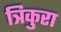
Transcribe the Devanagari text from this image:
त्रिकुरा